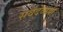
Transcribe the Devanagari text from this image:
सर्वदेव्मयी